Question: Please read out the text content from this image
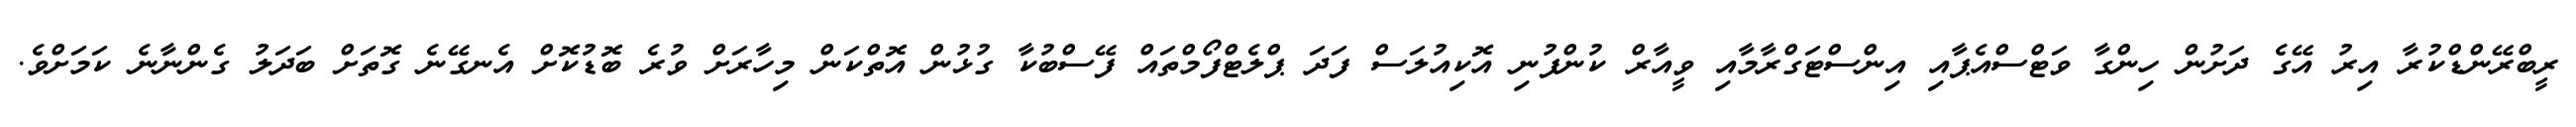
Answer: ރީބްރޭންޑްކުރާ އިރު އޭގެ ދަށުން ހިންގާ ވަޓްސްއެޕާއި އިންސްޓަގްރާމާއި ވީއާރް ކުންފުނި އޮކިއުލަސް ފަދަ ޕްލެޓްފޯމްތައް ފޭސްބުކާ ގުޅުން އޮތްކަން މިހާރަށް ވުރެ ބޮޑުކޮށް އެނގޭނެ ގޮތަށް ބަދަލު ގެންނާނެ ކަމަށްވެ.